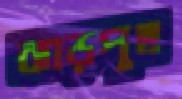
ঝাড়পুছ